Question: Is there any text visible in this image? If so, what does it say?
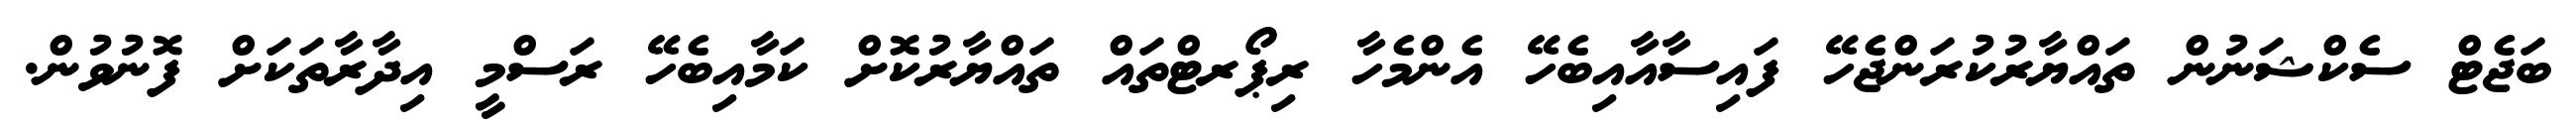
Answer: ބަޖެޓް ސެކްޝަނުން ތައްޔާރުކުރަންޖެހޭ ފައިސާއާއިބެހޭ އެންމެހާ ރިޕޯރޓްތައް ތައްޔާރުކޮށް ކަމާއިބެހޭ ރަސްމީ އިދާރާތަކަށް ފޮނުވުން.